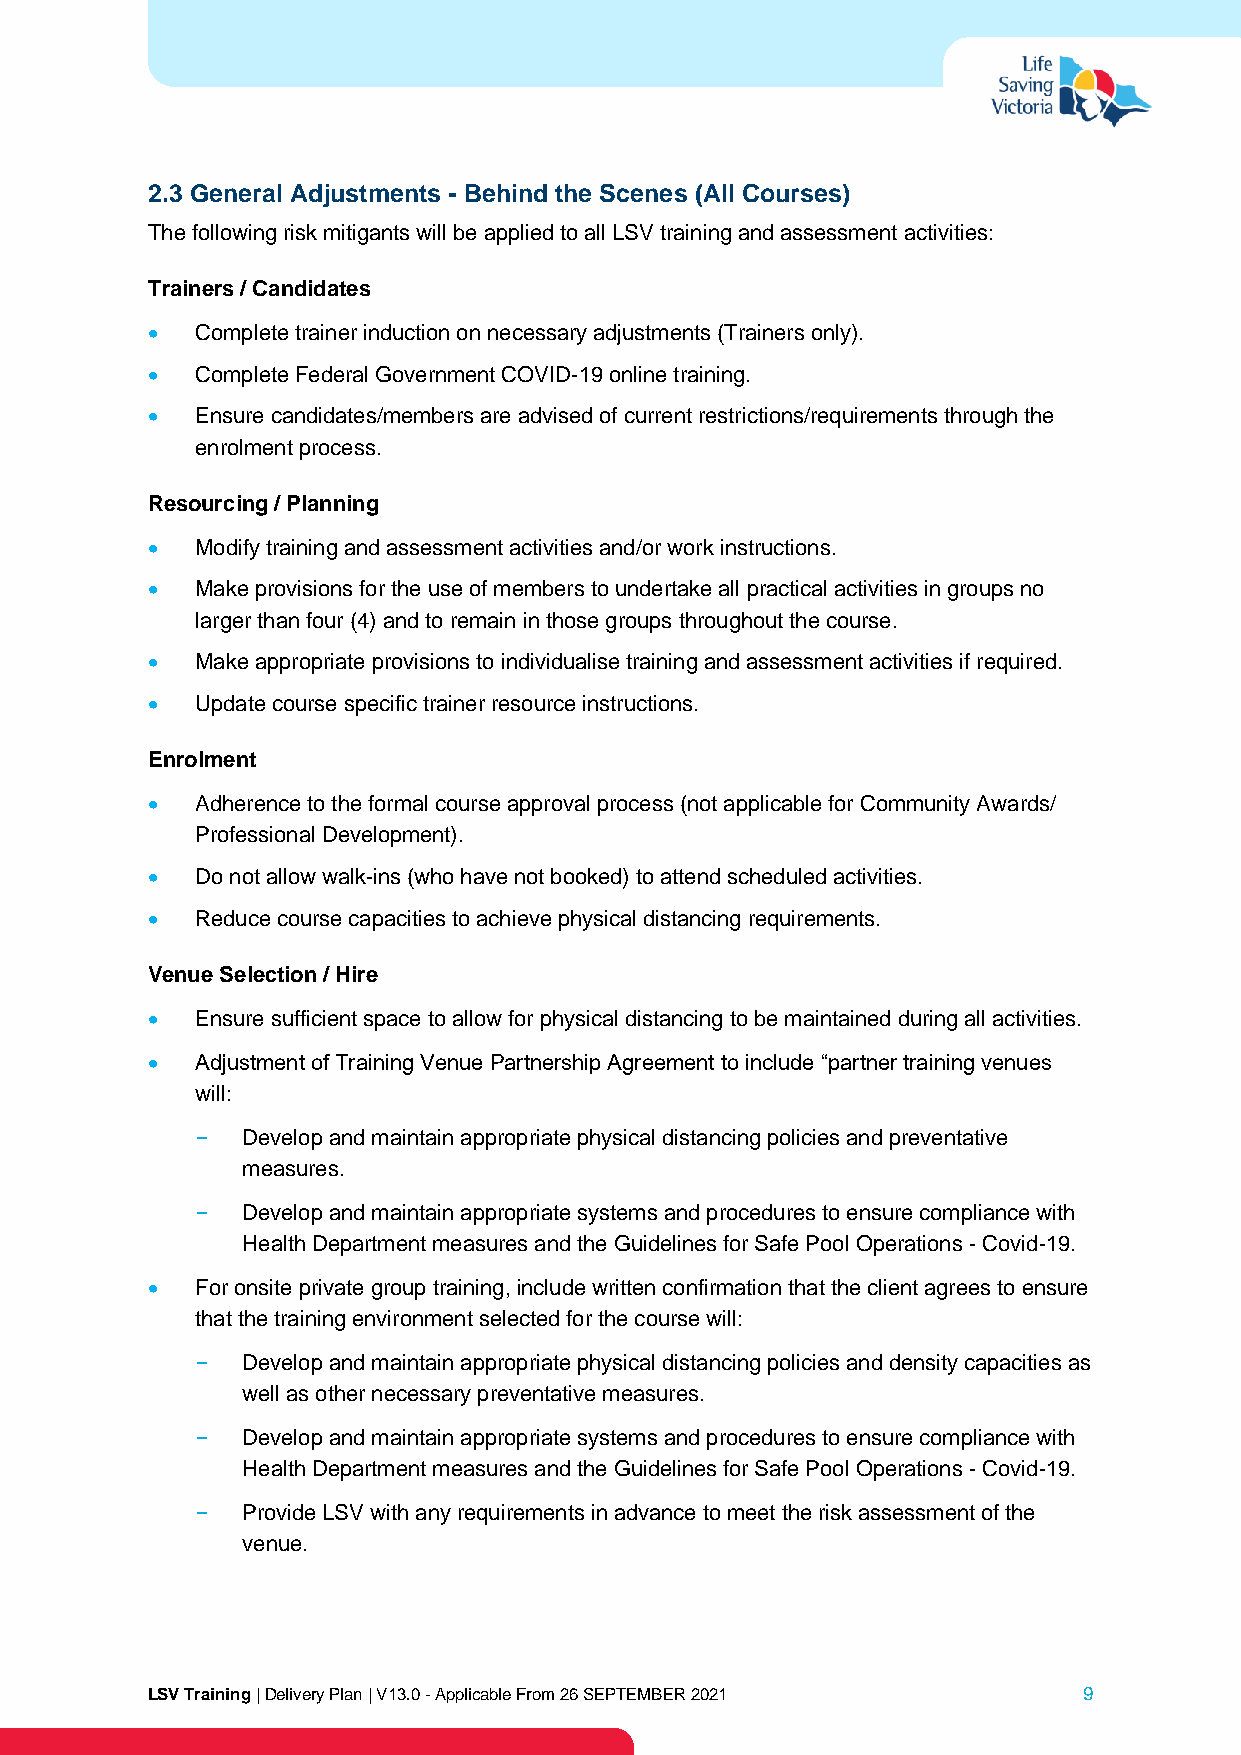
2.3 General Adjustments - Behind the Scenes (All Courses)
 The following risk mitigants will be applied to all LSV training and assessment activities:
 Trainers / Candidates
 •  Complete trainer induction on necessary adjustments (Trainers only).
 •  Complete Federal Government COVID-19 online training.
 •  Ensure candidates/members are advised of current restrictions/requirements through the
 enrolment process.
 Resourcing / Planning
 •  Modify training and assessment activities and/or work instructions.
 •  Make provisions for the use of members to undertake all practical activities in groups no
 larger than four (4) and to remain in those groups throughout the course.
 •  Make appropriate provisions to individualise training and assessment activities if required.
 •  Update course specific trainer resource instructions.
 Enrolment
 •  Adherence to the formal course approval process (not applicable for Community Awards/
 Professional Development).
 •  Do not allow walk-ins (who have not booked) to attend scheduled activities.
 •  Reduce course capacities to achieve physical distancing requirements.
 Venue Selection / Hire
 •  Ensure sufficient space to allow for physical distancing to be maintained during all activities.
 •  Adjustment of Training Venue Partnership Agreement to include “partner training venues
 will:
 ‒  Develop and maintain appropriate physical distancing policies and preventative
 measures.
 ‒  Develop and maintain appropriate systems and procedures to ensure compliance with
 Health Department measures and the Guidelines for Safe Pool Operations - Covid-19.
 •  For onsite private group training, include written confirmation that the client agrees to ensure
 that the training environment selected for the course will:
 ‒  Develop and maintain appropriate physical distancing policies and density capacities as
 well as other necessary preventative measures.
 ‒  Develop and maintain appropriate systems and procedures to ensure compliance with
 Health Department measures and the Guidelines for Safe Pool Operations - Covid-19.
 ‒  Provide LSV with any requirements in advance to meet the risk assessment of the
 venue.
 LSV Training | Delivery Plan | V13.0 - Applicable From 26 SEPTEMBER 2021 9